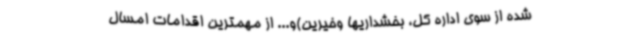
شده از سوی اداره کل، بخشداریها وخیرین)و... از مهمترین اقدامات امسال